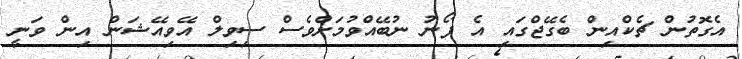
އެގޮތުން ޗެކްއިން ބެގޭޖްގައި އެ ފޯނު ނުބޭއްވުމަށްވެސް ސިވިލް އޭވިއޭޝަން އިން ވަނީ